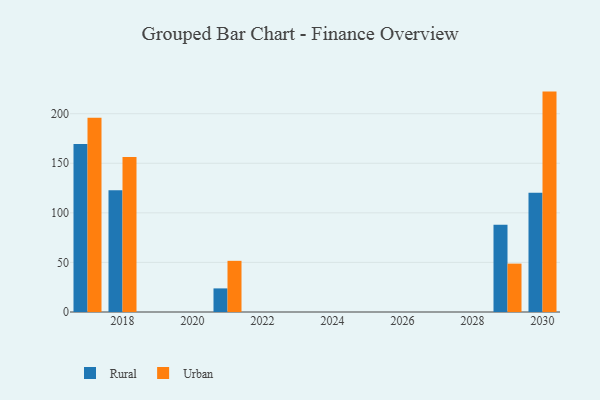
{"axis": {"x": "Year", "y": "Active Users"}, "legend": ["Rural", "Urban"], "data": [{"x": "2018", "y": 122.7, "type": "Rural"}, {"x": "2018", "y": 156.4, "type": "Urban"}, {"x": "2017", "y": 169.4, "type": "Rural"}, {"x": "2017", "y": 195.8, "type": "Urban"}, {"x": "2029", "y": 88.0, "type": "Rural"}, {"x": "2029", "y": 48.8, "type": "Urban"}, {"x": "2021", "y": 23.8, "type": "Rural"}, {"x": "2021", "y": 51.6, "type": "Urban"}, {"x": "2030", "y": 120.4, "type": "Rural"}, {"x": "2030", "y": 222.3, "type": "Urban"}]}